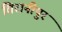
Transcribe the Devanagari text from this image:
विरानीपुर